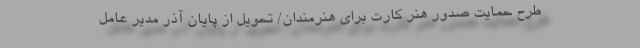
طرح حمایت صدور هنر کارت برای هنرمندان/ تحویل از پایان آذر مدیر عامل